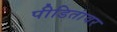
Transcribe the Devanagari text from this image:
पीडितांवर